Lunatic asylums Burma 1907-21 - 1907-1921
Year: 1907
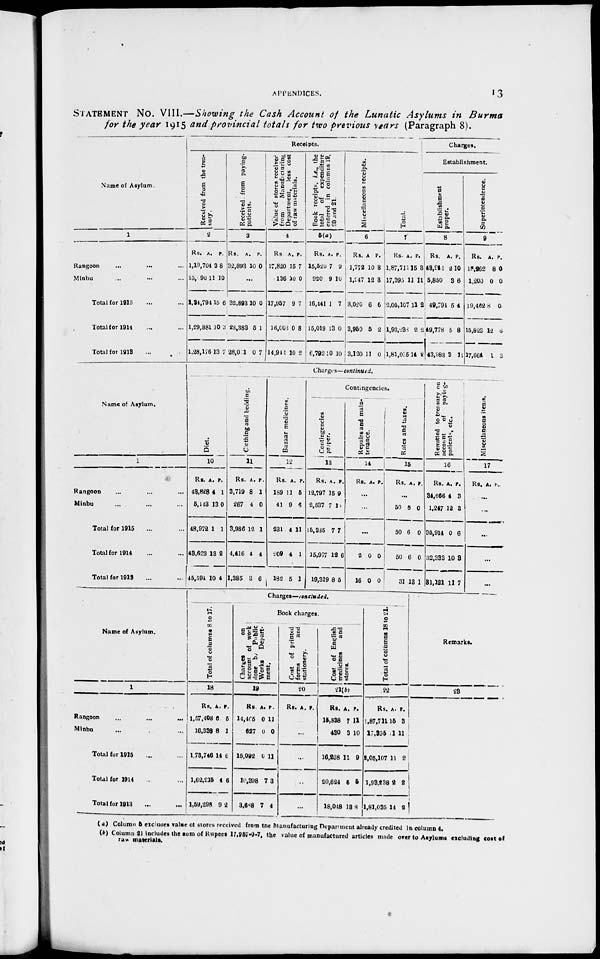
APPENDICES.
13
STATEMENT No. VIII.—Showing the Cash Account of the Lunatic Asylums in Burma
for the year 1915 and provincial totals for two previous years (Paragraph 8).
Name of Asylum.
1
Rangoon
Minbu
Total for 1915
Total for 1914
Total for 1913
Receipts.
R eceived from the trea-
sury.
2
Rs.
1,19
15,90
1,34,794
1,29,881
1,28,176
A.
704
11
15
10
13
P.
38
10
6
3
7
Received from paying-
patients.
3
Rs.
32,893
A.
10
P.
0
...
32,893
28,383
28,011
10
5
0
0
1
7
Value of stores received
from
Manufacturing
Department, less cost
of raw materials.
4
Rs.
17,820
136
17,957
16,008
14,941
A.
15
10
9
0
10
P.
7
0
7
8
2
Book receipts, i.e., the
total
of expenditure
entered in columns 19,
20 and 21.
5(a)
Rs.
15,520
920
16,141
15,019
6,792
A.
7
9
1
13
10
P.
9
10
7
0
10
Miscellaneous receipts.
6
Rs.
1,772
1,247
3,020
3,950
3,120
A
10
12
6
5
11
P.
3
3
6
2
0
Total.
7
Rs.
1,87,71
17,395
2,05,107
1,93,238
1,81,025
A.
115
11
11
2
14
P.
3
11
2
2
2
Charges.
Establishment.
Establishment
proper.
8
Rs.
43,941
5,850
49,794
49,778
43,983
A.
21
3
5
5
3
P.
0
6
4
8
11
Superintendence.
9
Rs.
18,262
1,200
19,462
15,823
17,664
A.
8
0
8
12
1
P.
0
0
0
6
3
Name of Asylum.
1
Rangoon
Minbu
Total for 1916
Total for 1914
Total for 1913
Charges—continued.
Diet.
10
Rs.
48,828
5,143
48,972
48,623
45,594
A.
4
13
1
13
10
P.
1
0
1
2
4
Clothing and bedding.
11
Rs.
3,719
267
3,986
4,416
1,385
A.
8
4
12
4
3
P.
1
0
1
4
6
Bazaar medicines.
12
Rs.
189
41
231
209
182
A.
11
9
4
4
5
P.
5
6
11
1
1
Contingencies.
Contingencies
proper.
13
Rs.
12,797
2,537
15,335
15,977
19,319
A.
15
7
7
12
8
P.
9
10
7
6
5
Repairs and main-
tenance.
14
Rs. A. P.
...
...
...
2
16
0
0
0
0
Rates and taxes.
15
Rs. A. P.
...
50
50
50
31
6
6
6
13
0
0
0
1
Remitted to treasury on
account of
paying-
patients, etc.
16
Rs.
34,666
1,247
35,914
32,338
31,121
A.
4
12
0
10
11
P.
3
3
6
8
7
Miscellaneous items.
17
Rs. A. P.
...
...
...
...
...
Name of Asylum.
1
Rangoon
...
...
...
Minbu
Total for 1915
Total for 1914
Total for 1913
Charges—concluded.
Total of columns 8 to 17.
18
Rs.
1,57,408
16,338
1,73,746
1,62,215
1,59,298
A.
6
8
14
4
9
P.
5
1
6
6
2
Book charges.
Charges
on
account of work
done by Public
Works
Depart-
ment.
19
Rs.
14,465
627
15,092
10,398
3,688
A.
0
0
0
7
7
P.
11
0
11
3
4
Cost of printed
forms
and
stationery.
200
Rs. A. P.
...
..
..
...
Cost of English
medicines
and
stores.
21
Rs.
15,838
430
16,268
20,624
18,048
A.
7
3
11
5
18
P.
11
10
9
5
8
Total of columns 18 to 21.
22
Rs.
1,87,711
17,395
2,05,107
1,93,138
1,81,035
A.
15
1
11
2
14
P.
3
11
2
2
2
Remarks.
23
(a) Column 5 excludes value of stores received from the Manufacturing Department already credited in column 4.
(b) Column 21 includes the sum of Rupees 17,957-9-7, the value of manufactured articles made over to Asylums excluding cost of
raw materials.